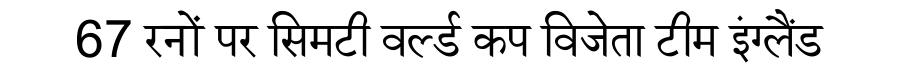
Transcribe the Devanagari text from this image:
67 रनों पर सिमटी वर्ल्ड कप विजेता टीम इंग्लैंड